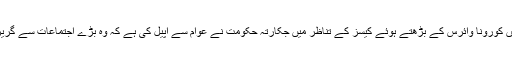
ملک ميں کورونا وائرس کے بڑھتے ہوئے کيسز کے تناظر ميں جکارتہ حکومت نے عوام سے اپيل کی ہے کہ وہ بڑے اجتماعات سے گريز کريں۔